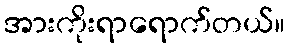
အားကိုးရာရောက်တယ်။